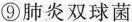
⑨肺炎双球菌